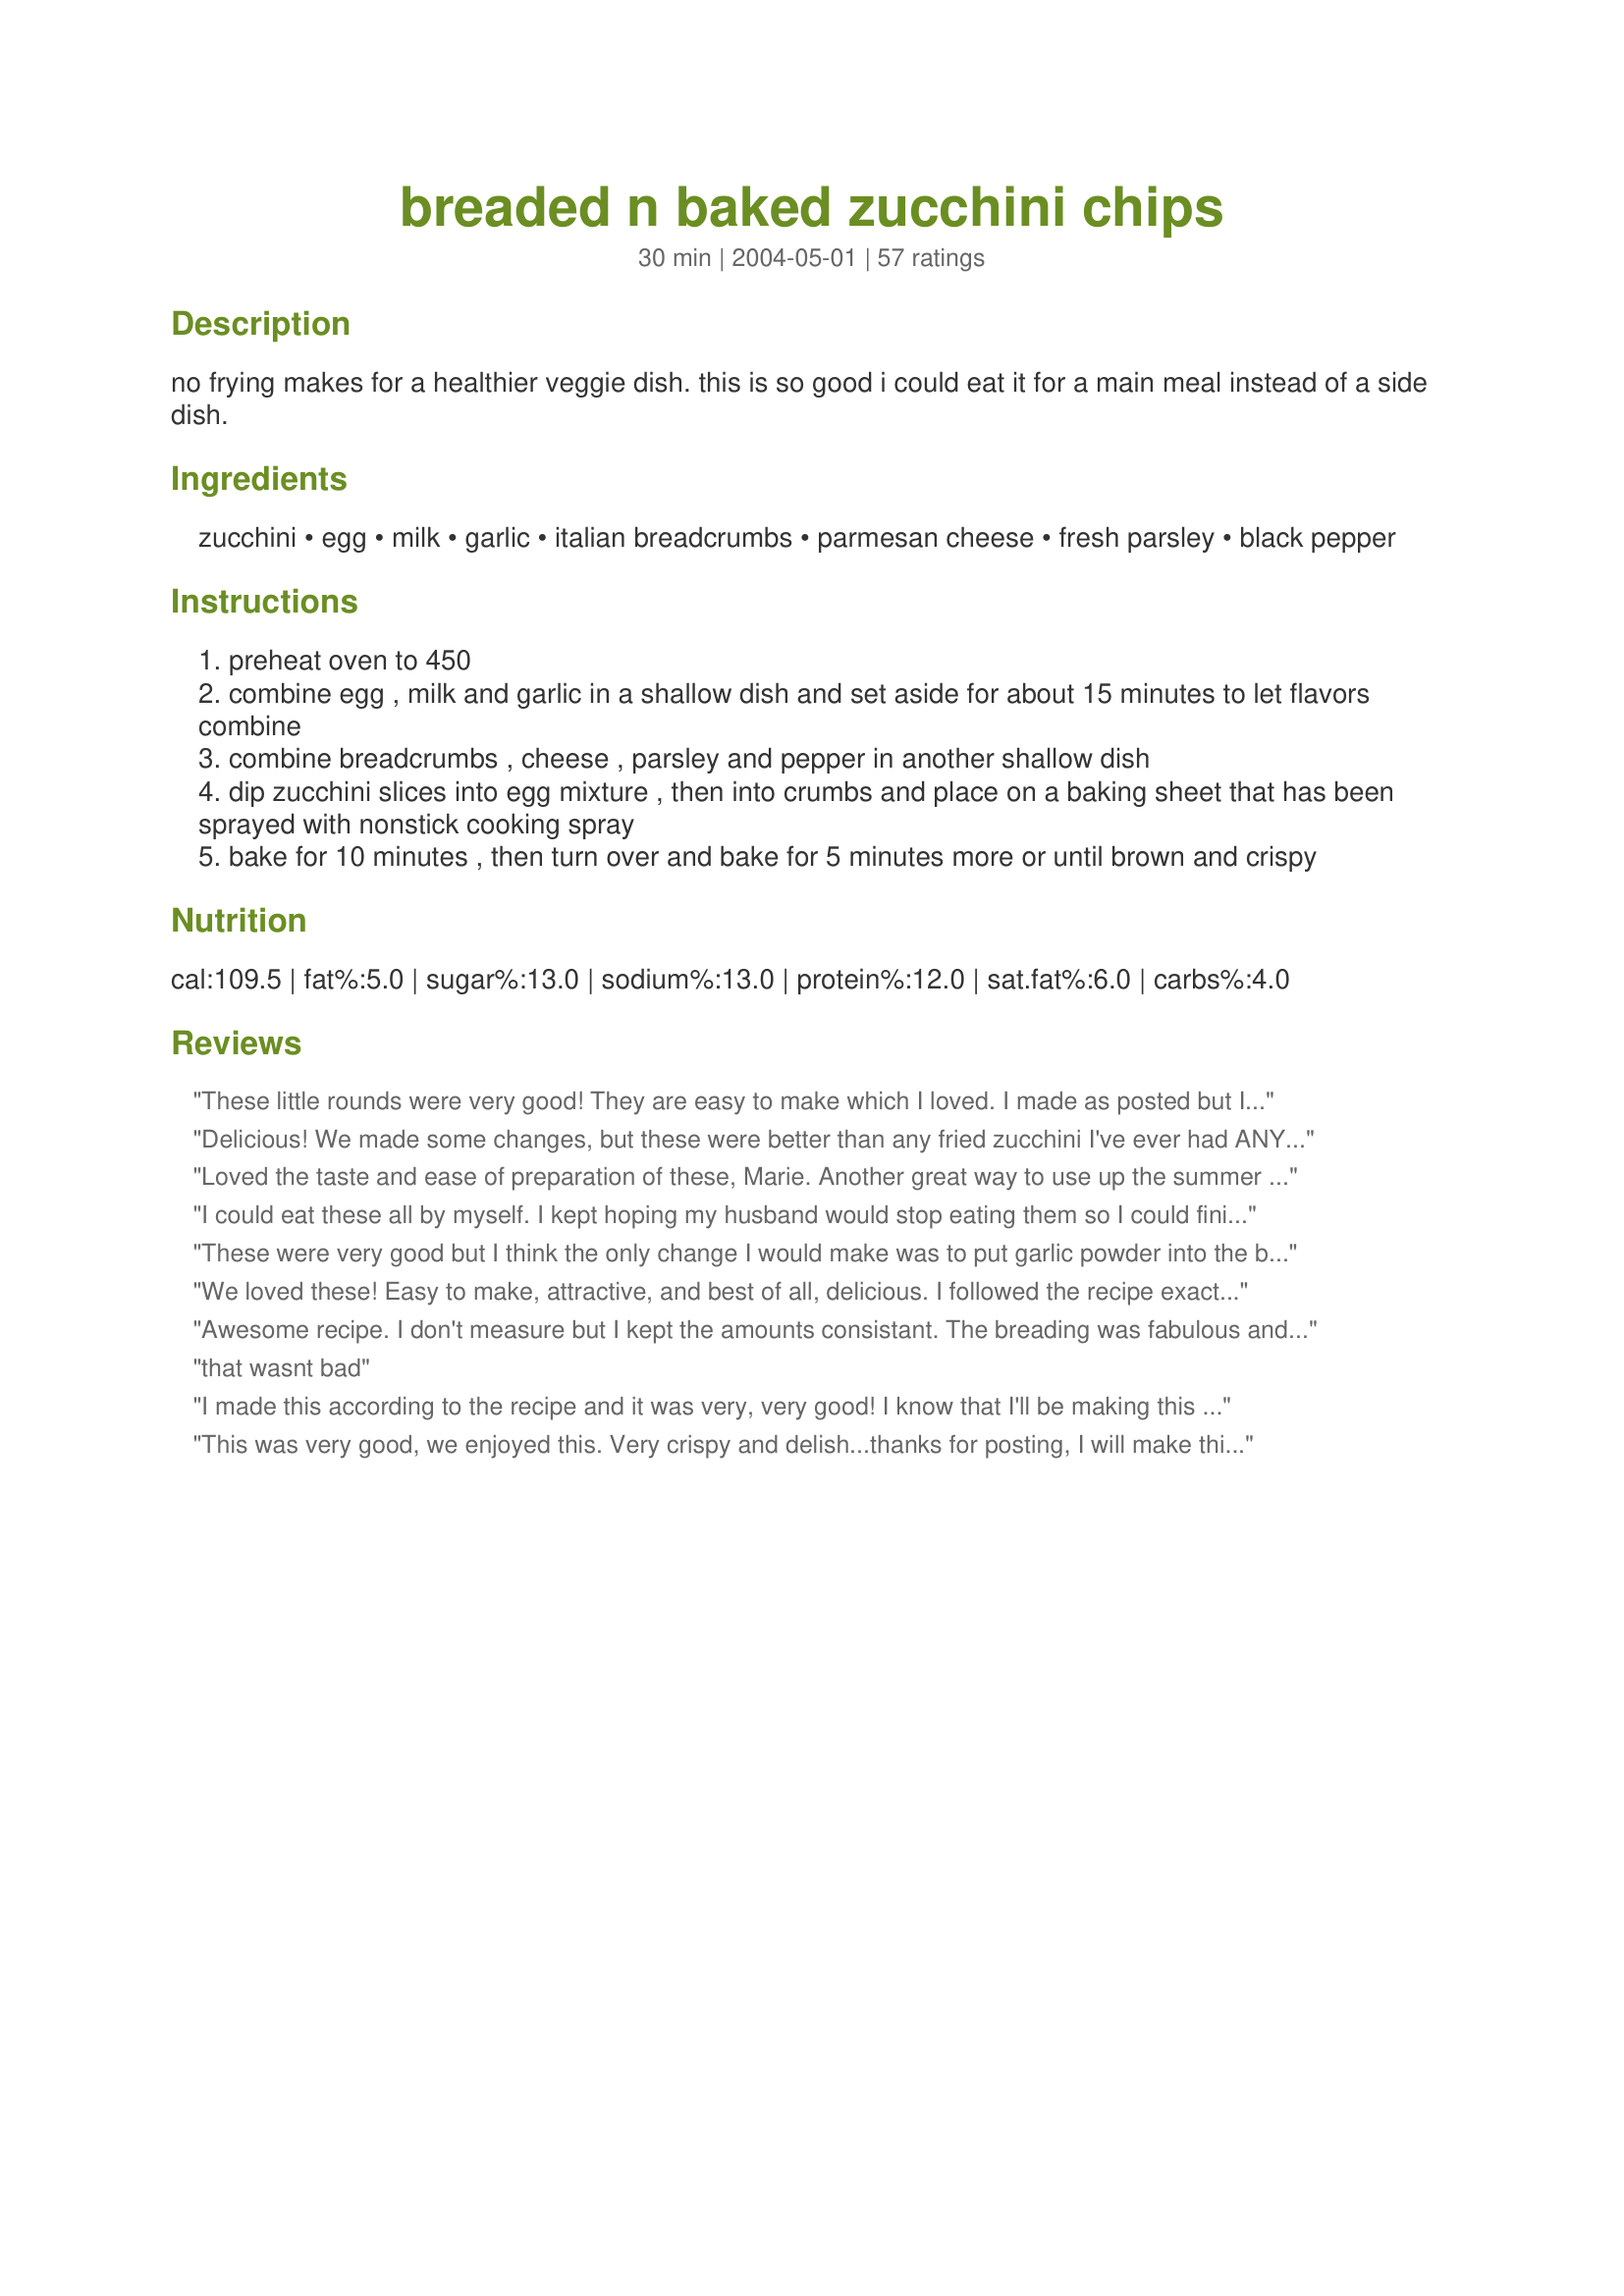
breaded n baked zucchini chips
Preparation time: 30 minutes

no frying makes for a healthier veggie dish. this is so good i could eat it for a main meal instead of a side dish.

Ingredients:
zucchini, egg, milk, garlic, italian breadcrumbs, parmesan cheese, fresh parsley, black pepper

Steps:
preheat oven to 450
combine egg , milk and garlic in a shallow dish and set aside for about 15 minutes to let flavors combine
combine breadcrumbs , cheese , parsley and pepper in another shallow dish
dip zucchini slices into egg mixture , then into crumbs and place on a baking sheet that has been sprayed with nonstick cooking spray
bake for 10 minutes , then turn over and bake for 5 minutes more or until brown and crispy

Reviews:
These little rounds were very good! They are easy to make which I loved. I made as posted but I would have liked a little more garlic flavor so will add more next time. I served alongside our spaghetti dinner and got thumbs up all around. Thanks for posting!
Delicious! We made some changes, but these were better than any fried zucchini I've ever had ANYWHERE! We had no bread crumbs so we substituted crushed cheese & garlic croutons from Trader Joe's. Also, we used more like 3 cloves of garlic, and omitted the parsley since we did not have any of that. We dipped them in ranch dressing and they were out of this world! Thanks for the submission!
Loved the taste and ease of preparation of these, Marie. Another great way to use up the summer succhini. Sorry it took me so long to post rating.
I could eat these all by myself. I kept hoping my husband would stop eating them so I could finish the rest!
These were very good but I think the only change I would make was to put garlic powder into the breadcrumb mixture next time instead of the crushed garlic. I really liked them and they were nice and crispy but I wanted a little more garlic flavor. i also served a ranch dip with them, very good will make them again.
We loved these! Easy to make, attractive, and best of all, delicious. I followed the recipe exactly and wouldn't change a thing. Thanks for posting.
Awesome recipe. I don't measure but I kept the amounts consistant. The breading was fabulous and flavorful. Even my DH who doesn't usually give 5 stars said this deserved it! Thanks for a great side we will make again!
that wasnt bad
I made this according to the recipe and it was very, very good! I know that I'll be making this again. I'm always confused by the term "grated" and I used the fine shredding side on the grater. I think that next time I should use the side that produces the tiny pieces becuse the little shredded pieces didn't mix very well and were mostly on the first half of the batch. Thank you for posting this recipe!
This was very good, we enjoyed this. Very crispy and delish...thanks for posting, I will make this again!....KC :)
These were very good. My BH liked them, so that is good enough for me to do these again. I used garlic powder instead of minced, worked fine. I also think that slicing them length-wise instead of rounds will help with the turning. These were very crispy on the outside and tender on the inside. Perfect for the oven. Thanks for posting Marie! =^..^=
Mmmmmm....this dish is very good. They turned crispy and cooked great. My kids liked them with ranch, and we just liked them as it. Thank you so much for sharing this recipe with us.
These were great. I love fried food but my waistline doesn't. These are a great alternative. I dipped mine in a cucumber sauce. Thanks.
Great recipe! Thanks for posting.
Anyone have a good dipping sauce for this?
Really good. I ended up with not quite enough breading to cover my zucchini, but maybe I sliced them thinner than directed. Not too hard to mix up some more, though.
These were really quick to make! I added garlic powder to the breadcrumb mixture, although I'll probably switch the fresh garlic from the egg mixture to the breadcrumb mixture next time. The zucchini came out next and crispy. I forgot to add the fresh parsley, and only had regular breadcrumbs, so I was missing some seasoning, but I'll definitely try this again the right way. Thanks!
These were tasty and easy! I forgot to spray the foil with non-stick cooking spray so mine stuck but they were still very good. I used both yellow and green squash and my mandoline slicer so prep was a breeze. Thanks for posting!
This was a really great side-dish that ended up as an almost main dish. I served it with bbq'd chicken sandwiches the first time I made it. It was a little time consuming though, and I must have been using bigger zucchinis than average, because I ended up having to make twice or three times as much dry breading. PS it really tastes great if you let the garlic sit in the egg overnight, or as long as possible!
Excellent! Topped each with a dollop of marinara sauce & mozzarella and melted under broiler. Served with linguini! Delish!
AND another great recipe!!! I did these tonight along with your Zresty Oven Baked Fries. As much as I enjoyed the fries (and will be making them lots in the future), these zucchini chips were HEAVEN!!! I have a zucchini left in the fridge and am seriously thinking that I may just sneak back in the kitchen and whip up another batch!!! I order the fried zucchini in restaurants a lot -- but these top ANY I have had. I did find that I needed to bake them a bit longer -- but maybe that was because I had other things going on in the oven at the same time. We used the ranch dressing -- low fat, low cal. With all the flavor the chips had -- we didn't even notice that the dressing was "diet friendly". I really encourage others to try this recipe. I'm going to post it on the inside of my cupboard door -- because I know it's gonna be used so often. Yummy, yum, yum!!!
well, i made these from pre-sliced zucchini i had frozen a couple months ago in the freezer, so they were a bit thinner than the 1/4" in the recipe--closer to 1/8". but i definitely didn't have a problem with them coming out mushy. i used 1 t. of jarred crushed garlic and that was probably a bit too much--1/2 t. would've been better. also, i cooked an additional 5 mins. on the first side since they were frozen when i dipped and coated them (i slammed them in the bag against the counter to loosen them up and knock some ice off them. they separated even more easily after a few minutes). not quite carl's jr. caliber (my gold standard), but pretty close--will try again with thicker slices. just wish they weren't so much work--drive thru is wayyy easier!
This is very good. I halved the recipe but otherwise followed it and served it with baked salmon. It would have been helpful to know how much zucchini was needed, though. After quite a bit of research, I used one about 7" long, which seemed to be about right. I ate the whole thing.
Wonderful! A great way to get veggies into teenagers, if served with ranch dressing! These were absolutely delicious. Thanks for sharing!
These were excellent! I made them as directed except I used dried parsley instead of fresh. Thanks!
good idea, and I'll work on it, but not as tasty as I hoped. I like cajun flavoring so I'll probably add more of that.
WOW these are great! my boyriend loves them fried and breaded and i prefer them plain. he didnt even know they werent fried! thanks so much for the recipe. Its a keeper!!!
Awesome! I made this as a side, but when I looked down, my boyfriend had eaten all of these (and not the chicken)and was asking for more. I added garlic powder to the breadcrumb mixture and it was perfect. Have made this a lot and will continue to make!
Very good, very simple and healthy way to make zucchini. I used egg substitute, garlic powder, 1/2 breadcrumbs, 1/2 panko and I baked them a little longer than the recipe stated. The difference in texture with the panko and breadcrumbs was nice. My DH doesn't really like zucchini but he said they were very good and that i should make them again! Only downside it that you have to eat them fresh out of the over because they get soft rather quickly.
My DH and I made these last night and they were really good. I love deep-fried zucchini, but they don’t love me, and this was an excellent substitution. As others have mentioned, they are really good served with a ranch type dressing.
Wonderful! These really tasted fried! I cut the fat a little bit more by using egg substitute and it worked just fine. I added 1/2 teaspoon of salt to the crumb mixture in a zip-top bag, and tossed the egg-coated zucchini slices in the bag, 3 at a time. I used 4 garlic cloves in the egg mixture, but next time (and there will be many next times!)I think I'll try a 1/2 teaspoon or so of garlic powder right in the bag, because we LOVE garlic. Thanks, Marie for a great recipe and such a treat for people who must watch their fat intake! A keeper.
Very good, Thank you for the recipe! No fresh parsley on hand, so I had to use dry, but still came out great.I think next time I will serve them with a choice of marinara sauce or ranch.
Very good! I might try and baked them on a rack next time and mess with the seasoning. Thanks for posting.
I love this and will make it again. A nice, healthy, way to eat zucchini.
Oh wow, I think is my new favorite way to eat zucchini! I have made them twice, followed the recipe exactly, except the first time I used panko instead of breadcrumbs. I liked the panko better, got nice and crispy : ) Thanks! This is a keeper.
These were fabulous! I love fried, crispy foods but try not to eat them too often. This is a bit of a compromise- not fried but still crispy! Served with a ranch style dip for a snack. Thanks, I will make this one again!
I really enjoyed these. It was a nice change and lower fat is always a good thing in my book! My fiance was not as happy, he prefers the usual steamed method but agreed they were good.
LOVED these. I even left out the cheese (as I was out) and used matzo meal and we loved them. This is going to be one of the ways I use our garden zucchs this summer!
These were a good use of our copious summer zucchini. I added about 1/2 tsp salt and a few dashes of cayenne pepper to the dry milk to spice things up.
Most excellent!! I used just one7 inch zucchini sliced rather thin. I had a bit of egg and bread crumbs left so I cut up some asparagus. For the bread crumbs I used half seasoned regular crumbs and half panko crumbs. We dipped them in homemade ranch dressing. Will definately be making this often.
a very good hassle-free, guilt-free snack. anything without the frying gets my vote. we gobbled these up pretty fast with some ranch dip. thanks for a new use for the ubiquitous zucchini!
These were delicious! I skipped the egg, so obviously the breading didn't stick as well as it could have. I also subbed some roasted garlic for the raw smashed clove. Perfect cooking time in my toaster oven!
So Easy - So Delicious!<br/>These are really, REALLY good! I added a little celery salt to the second round, and it added a great flavor.
These did not turn out like the description unfortunately. I, too, had the problem of the breading not sticking on the zucchini chips. But, I kept pressing it on anyways and didn't flip them over as the breading would have fallen off. They weren't crispy, but they were still a tasty version of baked zucchini. Thanks marie!
These were so yummy and nicely crispy! I used plain breadcrumbs and added Italian spice; next time will add garlic powder to the crumbs because I didn't taste it from the egg mixture. Will definitely make again even though the dipping and dredging was a pain in the *. Thank you Marie for another delicious recipe for zucchini!
great alternative to frying!
Wow these turned out to be such a good last minute idea I had to bake them a little longer but my oven is touchy. I would like to tell anyone who doesnt have a clove of garlic( i didnt) that I added garlic powder in its place and it actually turned out so well my neighbors came over an asked me what I was making and if they could try it...good thing I made 4 zucchinis worth so I could get away with sharing
Crispy, toasty, delicious. Thanks for sharing a great recipe.
Vicki
Tried these tonight with cornflake crumbs since I was using them with another recipe. Not a great idea. :) Wonderful as written...not so wonderful with cornflake crumbs. Originally posted: 8/24/09 These were so good! Just as good as fried, and no guilty feelings while eating them. I omitted the cheese since I was out. LOVED the garlic in the egg mixture. I was so pleased with how these turned out. Served with breaded baked pork chops and corn. I did have to let them cook a bit longer to get browned, but it's much easier than standing over hot oil...making sure to turn at precisely the right moment...trying not to splash yourself. Thank you, thank you, thank you!
I didn't really care for these. The zucchini was NOT crispy, and kinda soggy on the inside. I ended up throwing them out. Sorry.
I give this 10 stars. I've tried other zucchini chips in the oven and these turned out the best. I used garlic powder and garlic. Mixture of panko and breadcrumbs. Baked mine a little longer -- we like them crunchy. I've thrown my other baked zucchini chips away. Perfect!
Good!!!
This was a very nice recipe. Easy to make and very tasty. The only changes I made were to add more garlic as others suggested and to add some Emeril's Bam seasonings to the breadcrumbs for a little zing. Thank you for a great recipe Marie.
These were good. Like a previous reviewer, I will add some garlic powder to the dry mixture next time. I used grated parmesan from a can, but next time I will grate my own for more parmesan taste. Very good. Thank you for sharing.
Delicious, Marie! Always thrilled when I can enjoy breaded foods without deep-frying them. Very flavorful and nicely browned- enjoyed them with Ranch dressing. Will definitely be making these again! Thanks for the recipe!
Amazing! I used eggstirs & added garlic & powder. I also used mostly dried parsley flakes instead of fresh because my parsley plant needs some healing time lol.

Thank you for this gem of a recipe!!
I could eat these watching a movie until I couldn't see straight! Great warmed, but also great at room temp!
